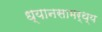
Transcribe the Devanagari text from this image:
ध्यानसामर्थ्य